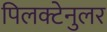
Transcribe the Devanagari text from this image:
पिलक्टेनुलर